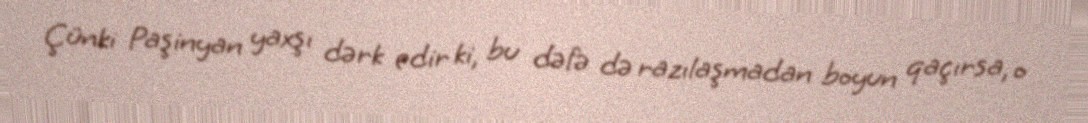
Çünki Paşinyan yaxşı dərk edir ki, bu dəfə də razılaşmadan boyun qaçırsa, o